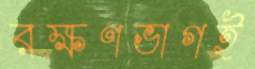
রক্ষণভাগই